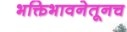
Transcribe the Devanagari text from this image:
भक्तिभावनेतूनच